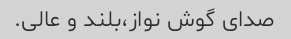
صدای گوش نواز،بلند و عالی.